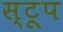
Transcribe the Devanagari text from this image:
स्टूप